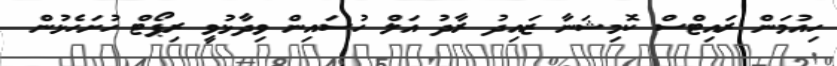
ހިއުމަން ރައިޓްސް ކޮމިޝަނާ ޒައިދު ރާދު އަލް ހުސައިން ވިދާޅުވީ ރިޕޯޓް ހުށަހެޅުން